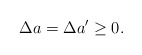
\begin{align*}\Delta a=\Delta a^{\prime}\geq 0. \end{align*}